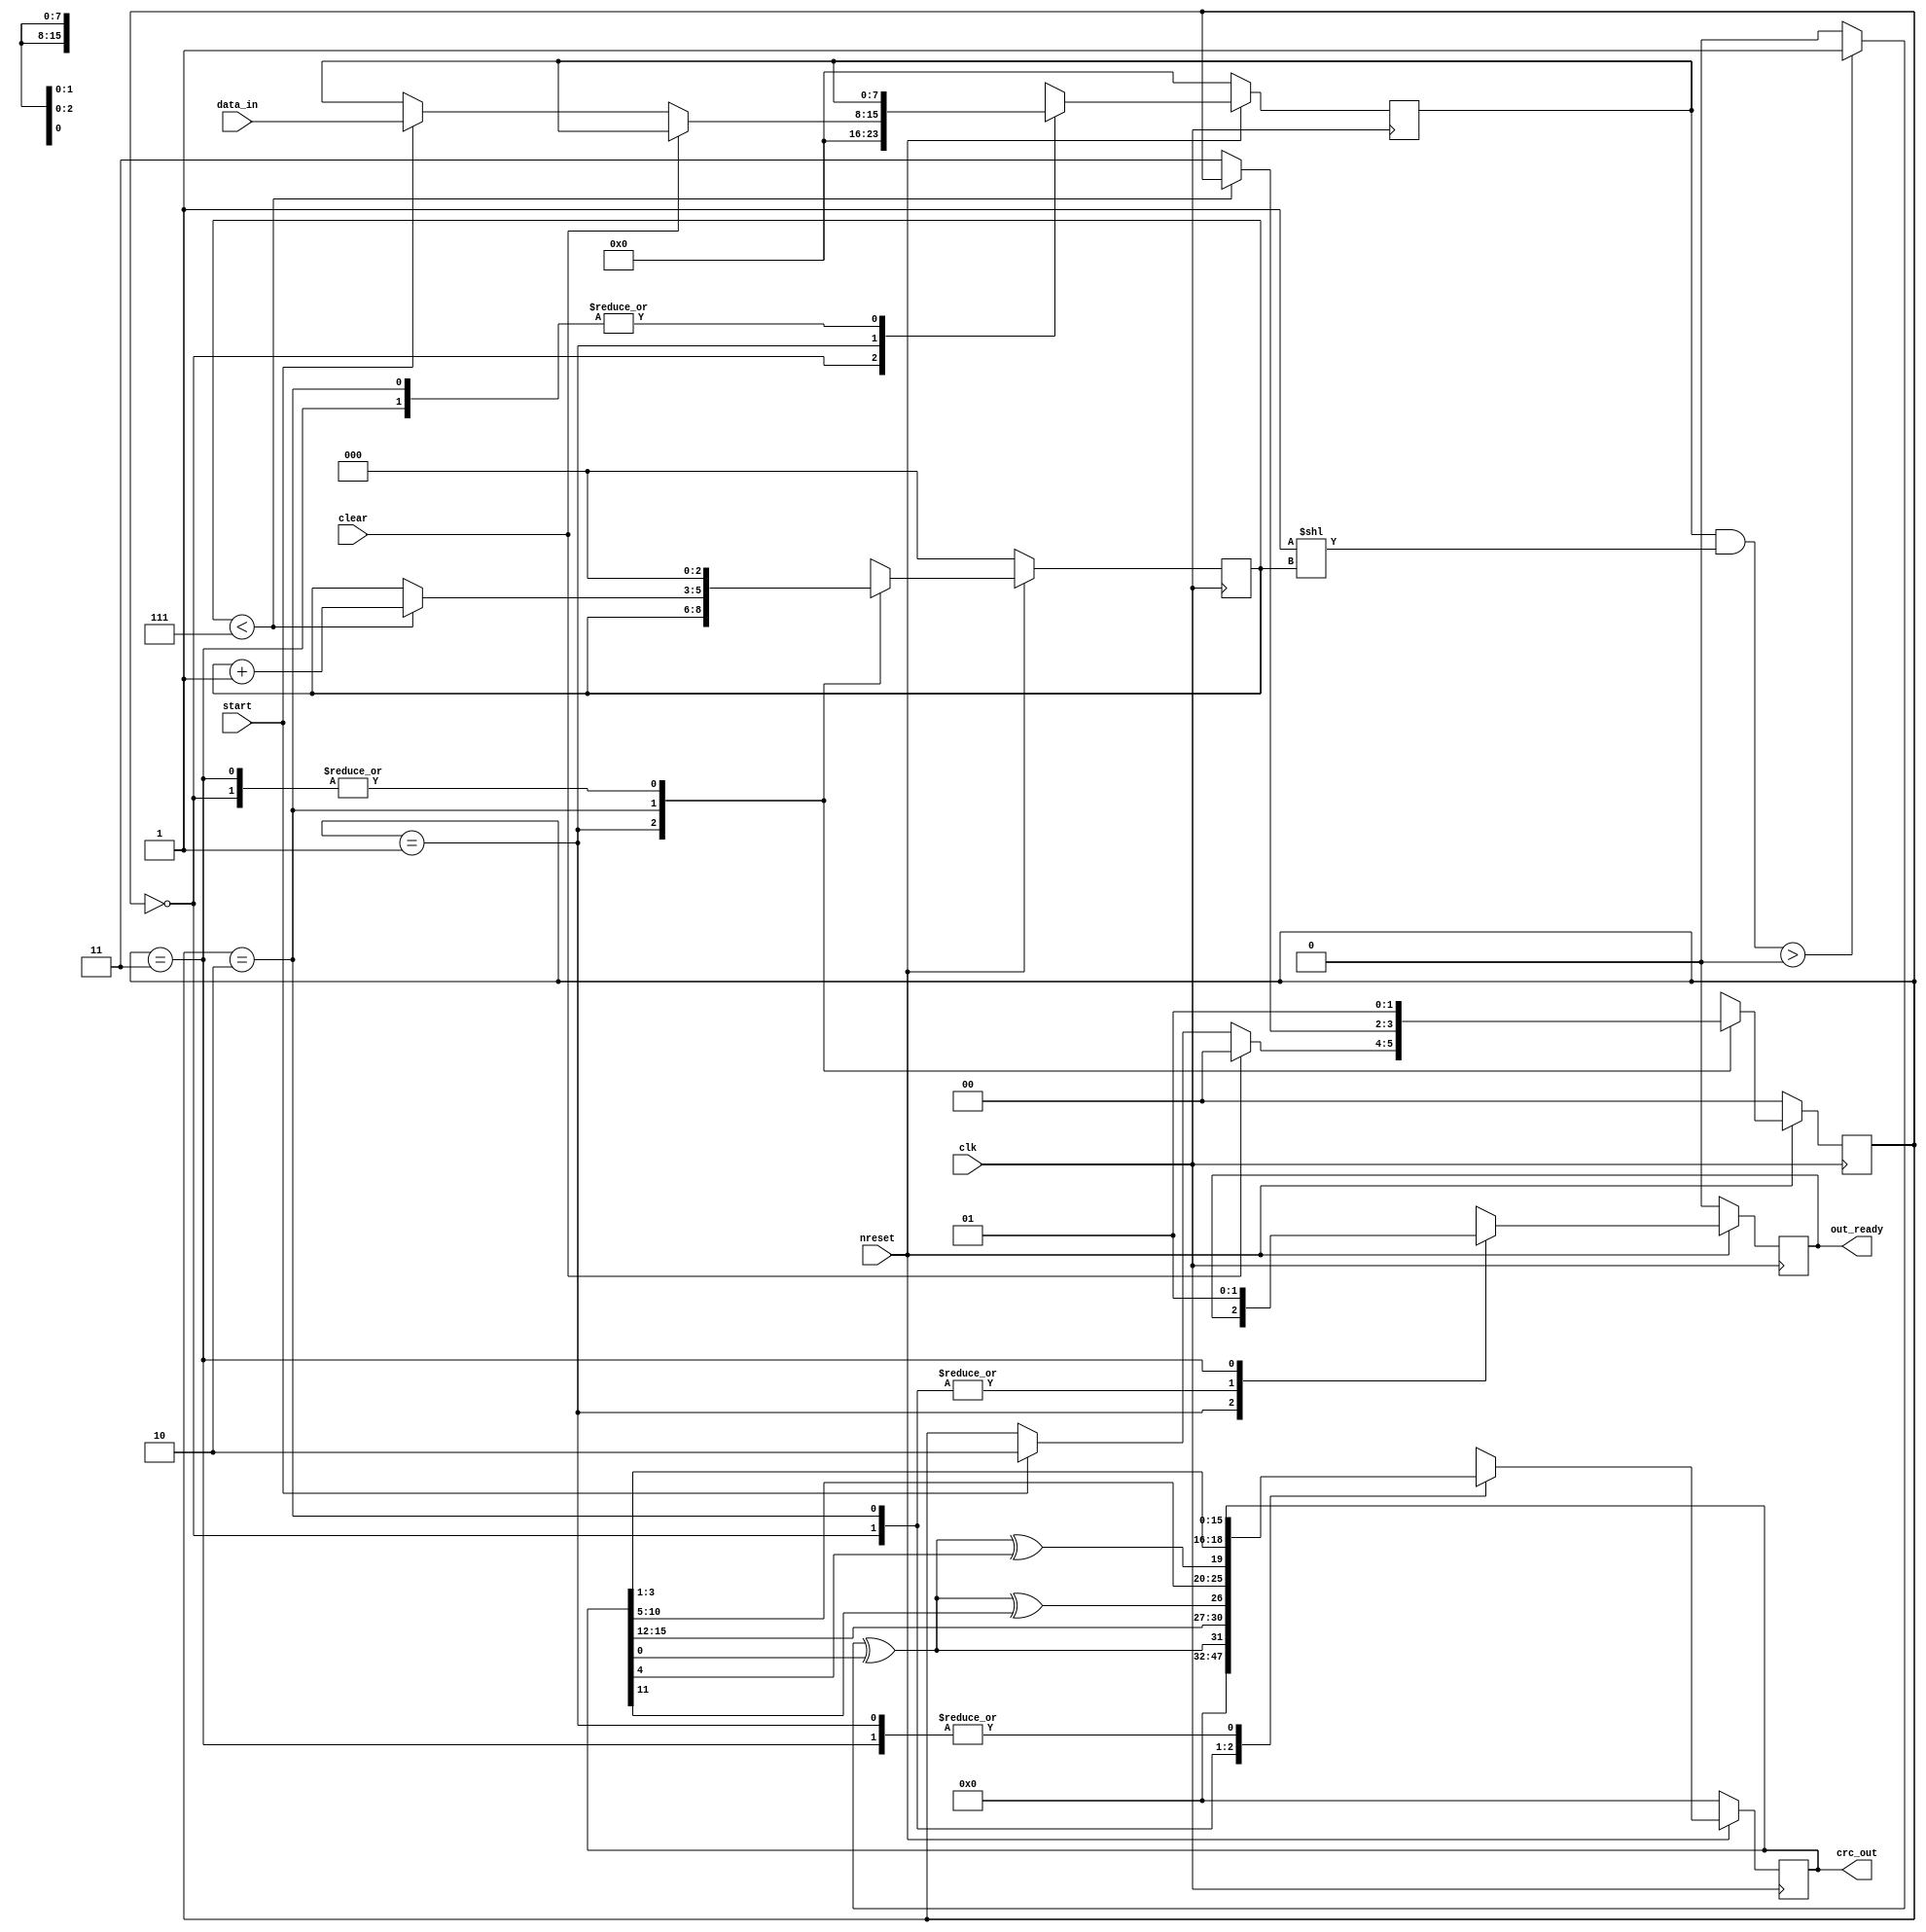
/*
 * "Copyright (c) 2010-2011 The Regents of the University of Michigan.
 * All rights reserved.
 *
 * Redistribution and use in source and binary forms, with or without
 * modification, are permitted provided that the following conditions
 * are met:
 *
 * - Redistributions of source code must retain the above copyright
 *   notice, this list of conditions and the following disclaimer.
 * - Redistributions in binary form must reproduce the above copyright
 *   notice, this list of conditions and the following disclaimer in the
 *   documentation and/or other materials provided with the
 *   distribution.
 * - Neither the name of the copyright holders nor the names of
 *   its contributors may be used to endorse or promote products derived
 *   from this software without specific prior written permission.
 *
 * THIS SOFTWARE IS PROVIDED BY THE COPYRIGHT HOLDERS AND CONTRIBUTORS
 * "AS IS" AND ANY EXPRESS OR IMPLIED WARRANTIES, INCLUDING, BUT NOT
 * LIMITED TO, THE IMPLIED WARRANTIES OF MERCHANTABILITY AND FITNESS
 * FOR A PARTICULAR PURPOSE ARE DISCLAIMED.  IN NO EVENT SHALL THE
 * COPYRIGHT HOLDER OR CONTRIBUTORS BE LIABLE FOR ANY DIRECT,
 * INDIRECT, INCIDENTAL, SPECIAL, EXEMPLARY, OR CONSEQUENTIAL DAMAGES
 * (INCLUDING, BUT NOT LIMITED TO, PROCUREMENT OF SUBSTITUTE GOODS OR
 * SERVICES; LOSS OF USE, DATA, OR PROFITS; OR BUSINESS INTERRUPTION)
 * HOWEVER CAUSED AND ON ANY THEORY OF LIABILITY, WHETHER IN CONTRACT,
 * STRICT LIABILITY, OR TORT (INCLUDING NEGLIGENCE OR OTHERWISE)
 * ARISING IN ANY WAY OUT OF THE USE OF THIS SOFTWARE, EVEN IF ADVISED
 * OF THE POSSIBILITY OF SUCH DAMAGE.
 */

/*
 * @author Ye-Sheng Kuo <samkuo@eecs.umich.edu>
 */

module crc(clk, nreset, clear, data_in, crc_out, start, out_ready);

input 	clk, nreset, start, clear;
input	[7:0]	data_in;
output	[15:0]	crc_out;
output	out_ready;

reg		[15:0]	crc_reg;
reg		out_rd_reg;
reg		[2:0]	bit_cnt, next_bit_cnt;

reg		[15:0]	next_crc_reg;
reg		next_out_ready;
reg		[1:0]	state, next_state;
reg		[7:0]	data_in_reg, next_data_in_reg;

assign	crc_out = crc_reg;
assign	out_ready = out_rd_reg;


wire	bit_extract	= (data_in_reg & (1<<bit_cnt))>0? 1 : 0;

wire	in_bit_xor 	= bit_extract ^ crc_reg[0];
wire	bit4_xor 	= in_bit_xor ^ crc_reg[4];
wire	bit10_xor 	= in_bit_xor ^ crc_reg[11];

parameter RESET =	2'b00;
parameter WAIT_ST =	2'b01;
parameter START =	2'b10;
parameter DONE =	2'b11;


always @ (posedge clk)
begin
	if (~nreset)
	begin
		out_rd_reg	<= 0;
		crc_reg		<= 0;
		bit_cnt		<= 0;
		state		<= RESET;
		data_in_reg	<= 0;
	end
	else
	begin
		out_rd_reg	<= next_out_ready;
		crc_reg		<= next_crc_reg;
		bit_cnt		<= next_bit_cnt;
		state		<= next_state;
		data_in_reg <= next_data_in_reg;
	end
end

always @ *
begin
	next_crc_reg = crc_reg;
	next_out_ready = out_rd_reg;
	next_state = state;
	next_bit_cnt = bit_cnt;
	next_data_in_reg = data_in_reg;
	case (state)
		RESET:
		begin
			next_crc_reg = 0;
			next_out_ready = 0;
			next_bit_cnt = 0;
			next_state = WAIT_ST;
			next_data_in_reg = 0;
		end

		WAIT_ST:
		begin
			if (clear)
				next_state = RESET;
			else if (start==1)
			begin
				next_state = START;
				next_data_in_reg = data_in;
			end
		end

		START:
		begin
			next_out_ready = 0;
			if (bit_cnt<7)
				next_bit_cnt = bit_cnt + 1;
			else
				next_state = DONE;

			next_crc_reg = {in_bit_xor, crc_reg[15:12], bit10_xor, 
							crc_reg[10:5], bit4_xor, crc_reg[3:1]};
		end
		
		DONE:
		begin
			next_out_ready = 1;
			next_bit_cnt = 0;
			next_state = WAIT_ST;
		end


	endcase
end

endmodule